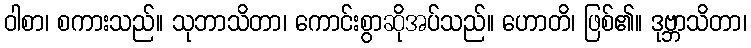
ဝါစာ၊ စကားသည်။ သုဘာသိတာ၊ ကောင်းစွာဆိုအပ်သည်။ ဟောတိ၊ ဖြစ်၏။ ဒုဗ္ဘာသိတာ၊